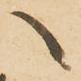
へ